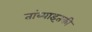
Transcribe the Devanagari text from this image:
तांब्याइतकी